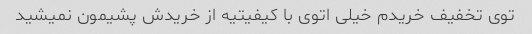
توی تخفیف خریدم خیلی اتوی با کیفیتیه از خریدش پشیمون نمیشید